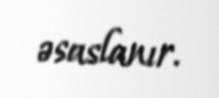
əsaslanır.